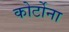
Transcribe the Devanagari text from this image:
कोर्टोना